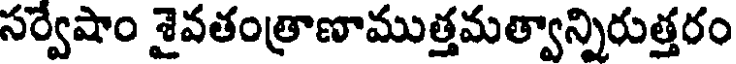
సర్వేషాం శైవతంత్రాణాముత్తమత్వాన్నిరుత్తరం